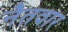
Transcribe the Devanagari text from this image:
नैतवार